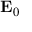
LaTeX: \mathbf { E } _ { 0 }